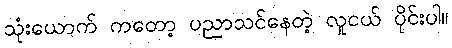
သုံးယောက် ကတော့ ပညာသင်နေတဲ့ လူငယ် ပိုင်းပါ။